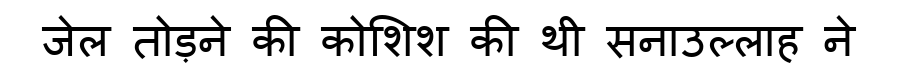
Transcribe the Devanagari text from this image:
जेल तोड़ने की कोशिश की थी सनाउल्लाह ने